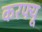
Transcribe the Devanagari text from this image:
करफ्यू